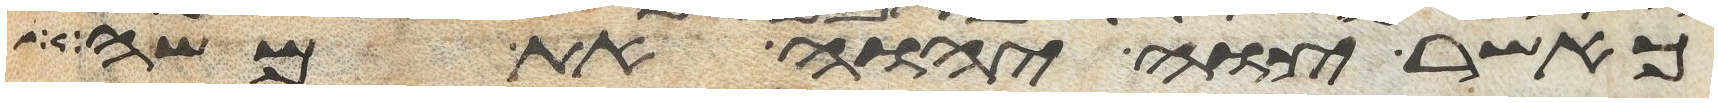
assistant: כאשר צוה יהוה את משה